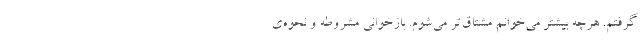
گرفتم. هرچه بیشتر می‌خوانم مشتاق‌تر می‌شوم. بازخوانی مشروطه و نحوه‌ی